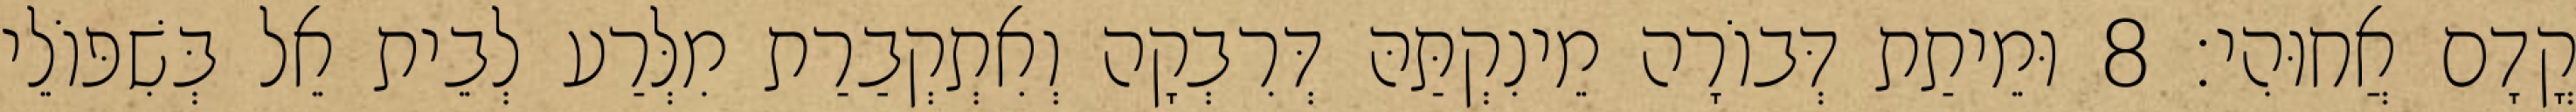
קֳדָם אֲחוּהִי׃ 8 וּמֵיתַת דְּבוֹרָה מֵינִקְתַּהּ דְּרִבְקָה וְאִתְקְבַרַת מִלְּרַע לְבֵית אֵל בְּשִׁפּוֹלֵי